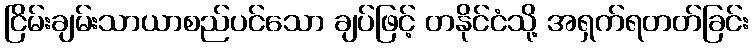
ငြိမ်းချမ်းသာယာစည်ပင်သော ချပ်ဖြင့် တနိုင်ငံသို့ အရှက်ရတတ်ခြင်း